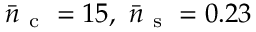
\bar { n } _ { \mathrm { ~ c ~ } } = 1 5 , \ \bar { n } _ { \mathrm { ~ s ~ } } = 0 . 2 3